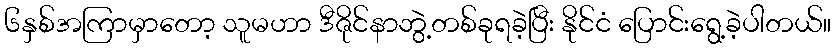
၆နှစ်အကြာမှာတော့ သူမဟာ ဒီဇိုင်နာဘွဲ့တစ်ခုရခဲ့ပြီး နိုင်ငံ ပြောင်းရွေ့ခဲ့ပါတယ်။